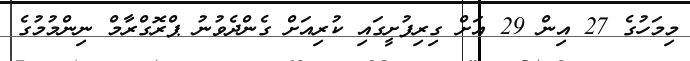
މިމަހުގެ 27 އިން 29 އަށް ގިރިފުށީގައި ކުރިއަށް ގެންދެވުނު ޕްރޮގްރާމް ނިންމުމުގެ